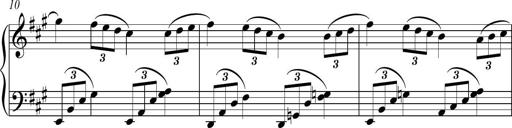
Title: Piano Sonatina in A major
Composer: Z Q Sysmoebius
Key: A major